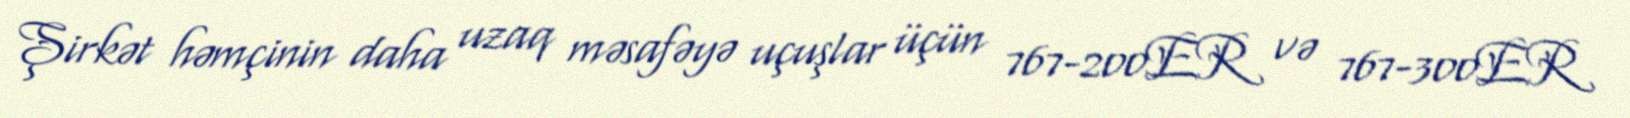
Şirkət həmçinin daha uzaq məsafəyə uçuşlar üçün 767-200ER və 767-300ER